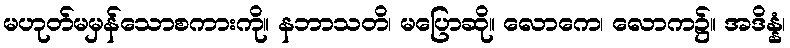
မဟုတ်မမှန်သောစကားကို။ နဘာသတိ၊ မပြောဆို။ လောကေ၊ လောက၌။ အဒိန္နံ၊